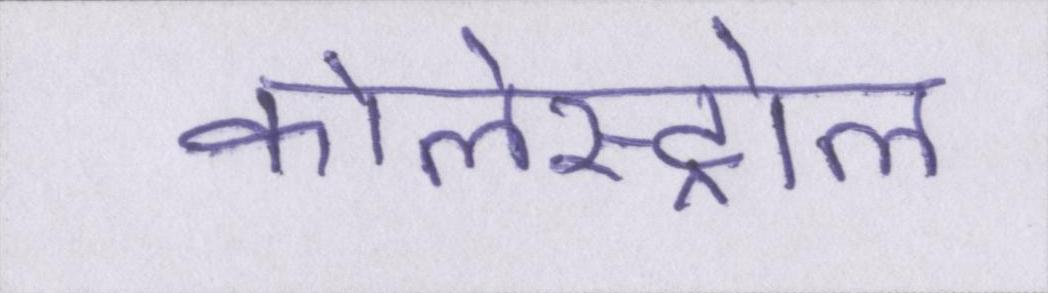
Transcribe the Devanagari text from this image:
कोलेस्ट्रोल